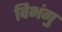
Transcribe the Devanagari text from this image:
विभंगु